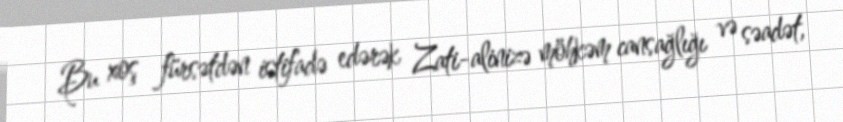
Bu xoş fürsətdən istifadə edərək Zati-alinizə möhkəm cansağlığı və səadət,